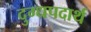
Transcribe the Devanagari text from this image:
दुग्धपदार्थ